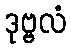
ဒုဗ္ဗလံ